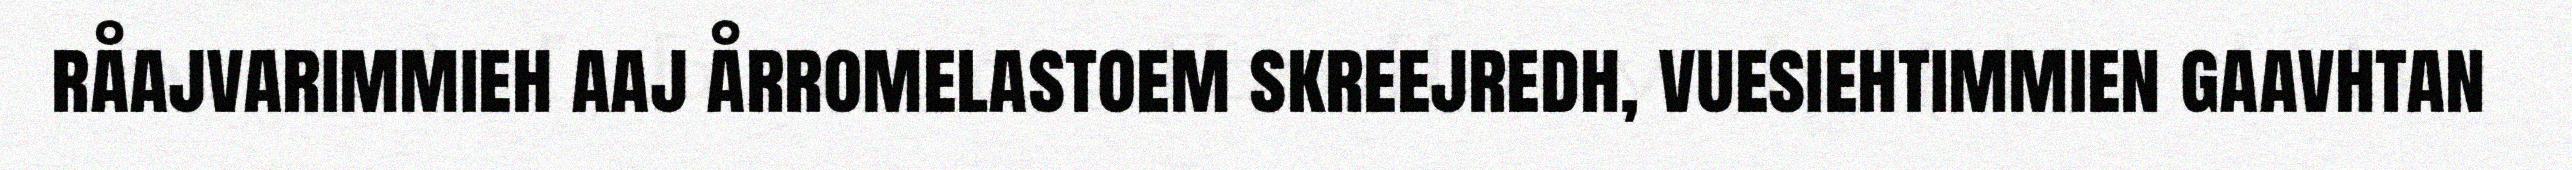
råajvarimmieh aaj årromelastoem skreejredh, vuesiehtimmien gaavhtan